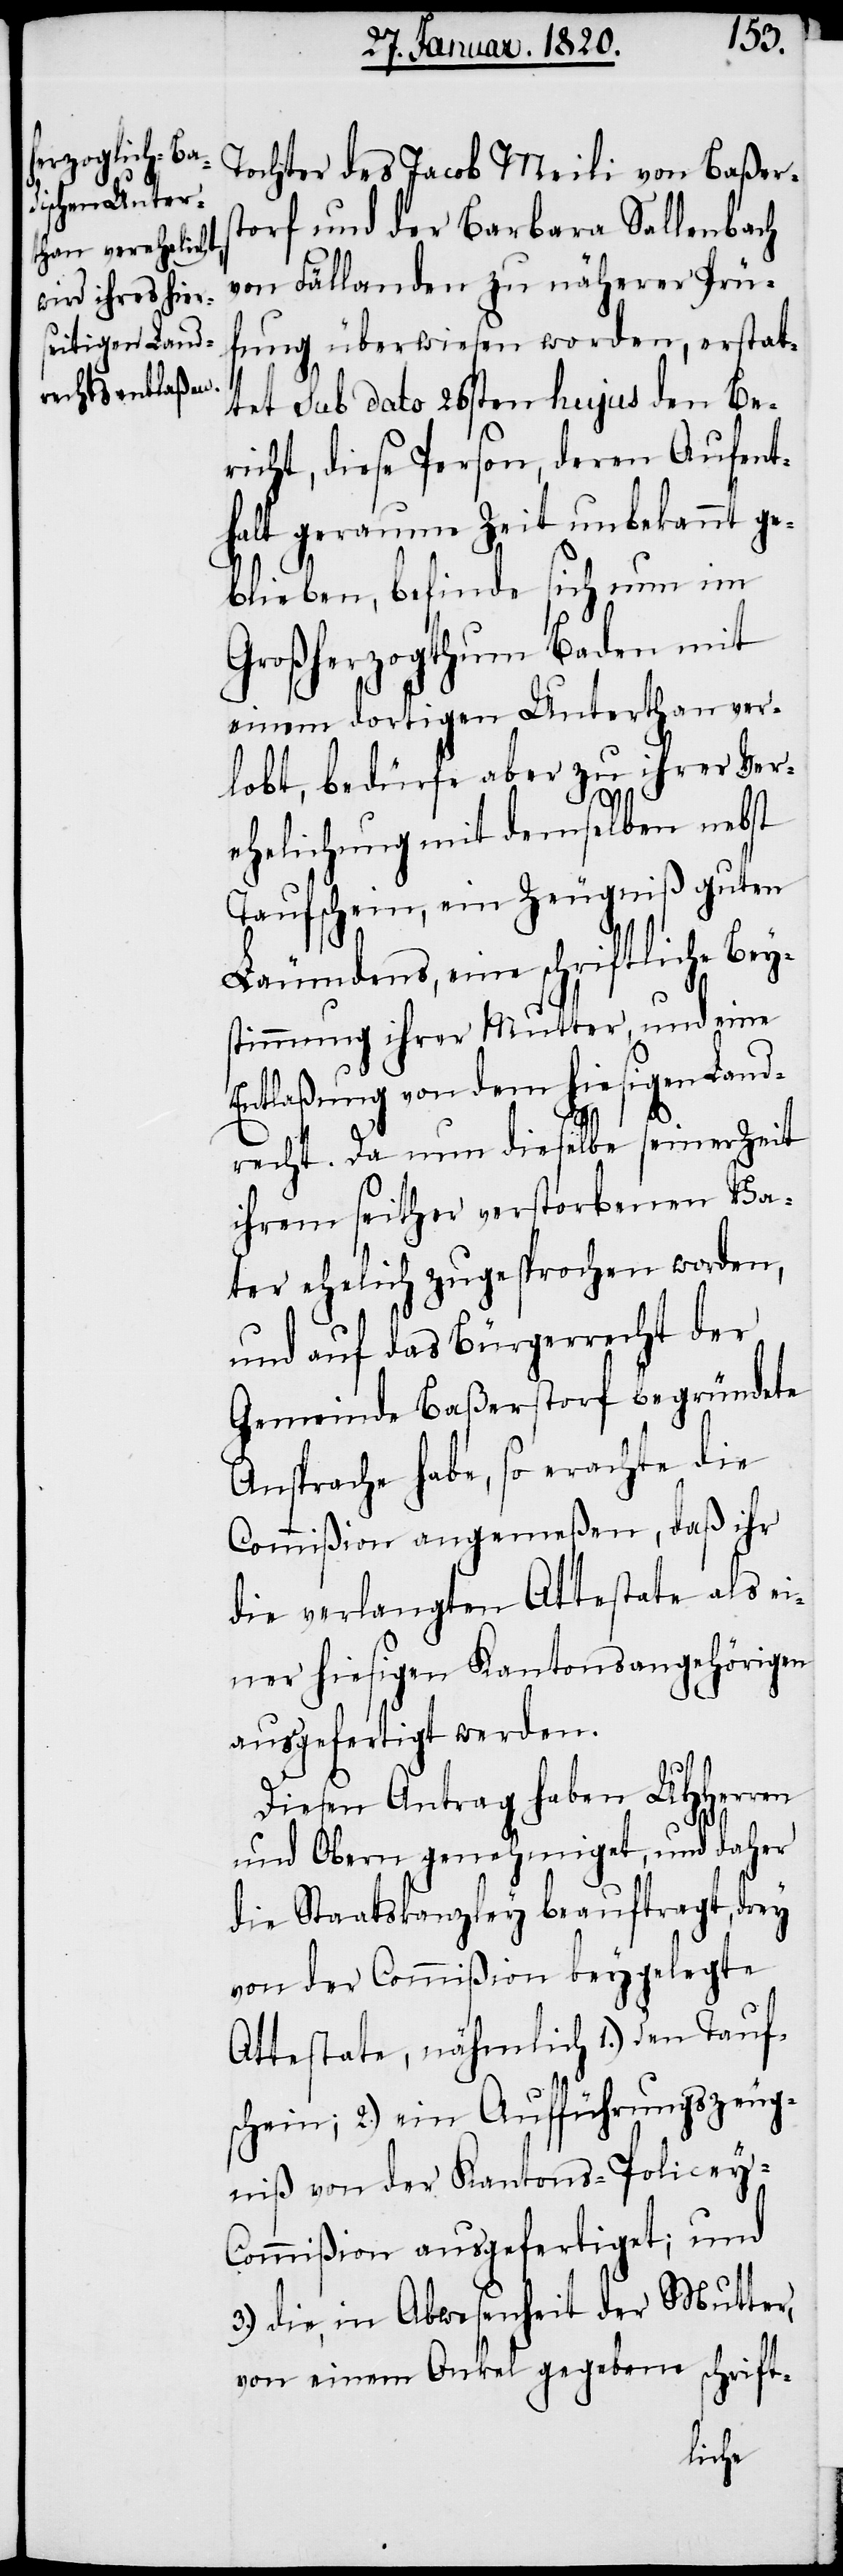
Tochter des Jacob Meili von Baßers¬
torf und der Barbara Sallenbach
von Fällanden zu näherer Prü¬
fung überwiesen worden, erstat¬
tet sub dato 26sten hujus den Be¬
richt, diese Person, deren Aufent¬
halt geraume Zeit unbekannt ge¬
blieben, befinde sich nun im
Großherzogthum Baden mit
einem dortigen Unterthan ver¬
lobt, bedürfe aber zu ihrer Ver¬
ehelichung mit demselben nebst
Taufschein, ein Zeugniß guten
Läumdens, eine schriftliche Bey¬
stimmung ihrer Mutter, und eine
Entlaßung von dem hiesigen Land¬
recht. Da nun dieselbe seiner Zeit
ihrem seither verstorbenen Va¬
ter ehelich zugesprochen worden,
und auf das Bürgerrecht der
Gemeinde Baßerstorf begründete
Ansprache habe, so erachte die
Commißion angemeßen, daß ihr
die verlangten Attestate als ei¬
ner hiesigen Kantonsangehörigen
ausgefertigt werden.
Diesen Antrag haben UHHerren
und Obern genehmiget, und daher
die Staatskanzley beauftragt, drey
von der Commißion beygelegte
Attestate, nähmlich 1.) den Taufs¬
chein; 2.) ein Aufführungszeug¬
niß von der Kantons-Policey-C¬
ommißion ausgefertiget; und
3.) die, in Abwesenheit der Mutter,
von einem Onkel gegebene schrift-